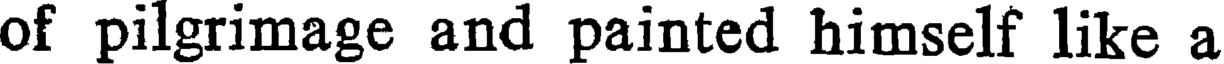
of pilgrimage and painted himself like a